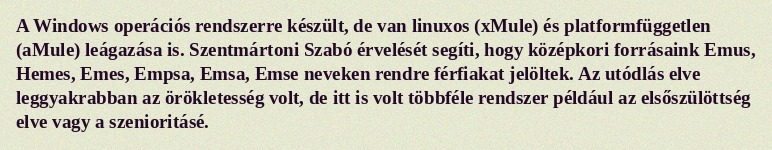
A Windows operációs rendszerre készült, de van linuxos (xMule) és platformfüggetlen (aMule) leágazása is. Szentmártoni Szabó érvelését segíti, hogy középkori forrásaink Emus, Hemes, Emes, Empsa, Emsa, Emse neveken rendre férfiakat jelöltek. Az utódlás elve leggyakrabban az örökletesség volt, de itt is volt többféle rendszer például az elsőszülöttség elve vagy a szenioritásé.